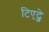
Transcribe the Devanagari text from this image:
टिएट्जे